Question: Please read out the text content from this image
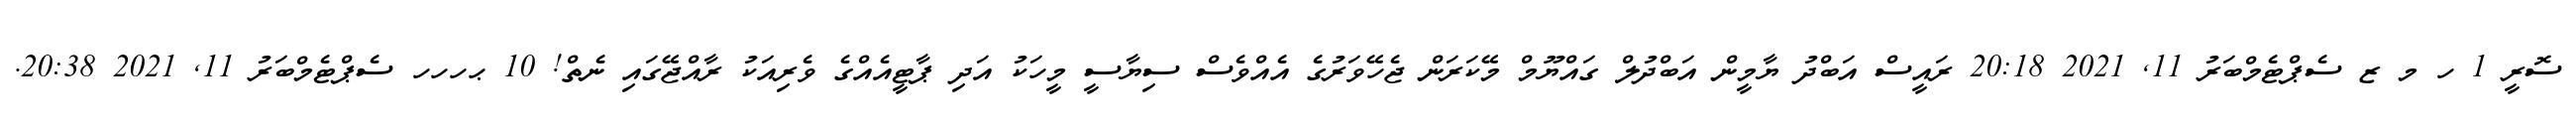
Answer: ސޮރީ 1 ހ މ ޒ ސެޕްޓެމްބަރު 11, 2021 20:18 ރައީސް އަބްދު ޔާމީން އަބްދުލް ގައްޔޫމް މޭކަރަން ޖެހޭވަރުގެ އެއްވެސް ސިޔާސީ މީހަކު އަދި ޕާޓީއެއްގެ ވެރިއަކު ރާއްޖޭގައި ނެތް! 10 ޙހހހ ސެޕްޓެމްބަރު 11, 2021 20:38.